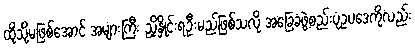
ထိုသို့မဖြစ်အောင် အများကြီး ညှိနှိုင်းရဦးမည်ဖြစ်သလို အခြေခံဖွဲ့စည်းပုံဥပဒေကိုလည်း